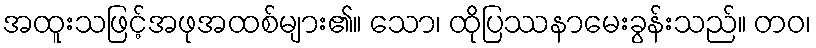
အထူးသဖြင့်အဖုအထစ်များ၏။ သော၊ ထိုပြဿနာမေးခွန်းသည်။ တဝ၊